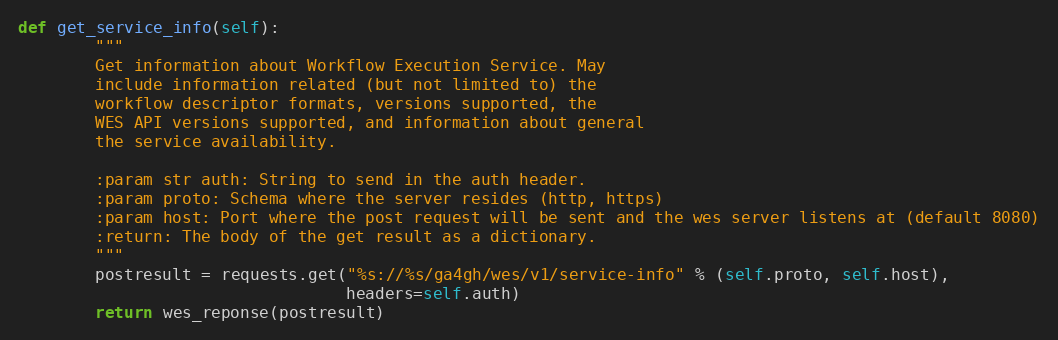
Language: Python
def get_service_info(self):
        """
        Get information about Workflow Execution Service. May
        include information related (but not limited to) the
        workflow descriptor formats, versions supported, the
        WES API versions supported, and information about general
        the service availability.

        :param str auth: String to send in the auth header.
        :param proto: Schema where the server resides (http, https)
        :param host: Port where the post request will be sent and the wes server listens at (default 8080)
        :return: The body of the get result as a dictionary.
        """
        postresult = requests.get("%s://%s/ga4gh/wes/v1/service-info" % (self.proto, self.host),
                                  headers=self.auth)
        return wes_reponse(postresult)